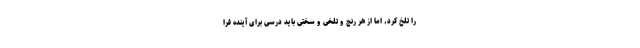
را تلخ کرد، امّا از هر رنج و تلخی و سختی باید درسی برای آینده فرا